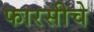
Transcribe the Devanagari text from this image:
फारसीचे